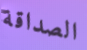
الصداقة